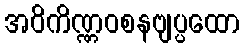
အဝိကိဏ္ဏဝစနဗျပ္ပထော